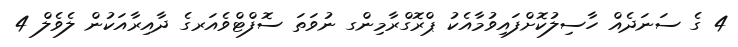
4 ގެ ސަނަދެއް ހާސިލުކޮށްފައިވުމާއެކު ޕްރޮގްރާމިންގ ނުވަތަ ސޮފްޓްވެއަރގެ ދާއިރާއަކުން ލެވެލް 4